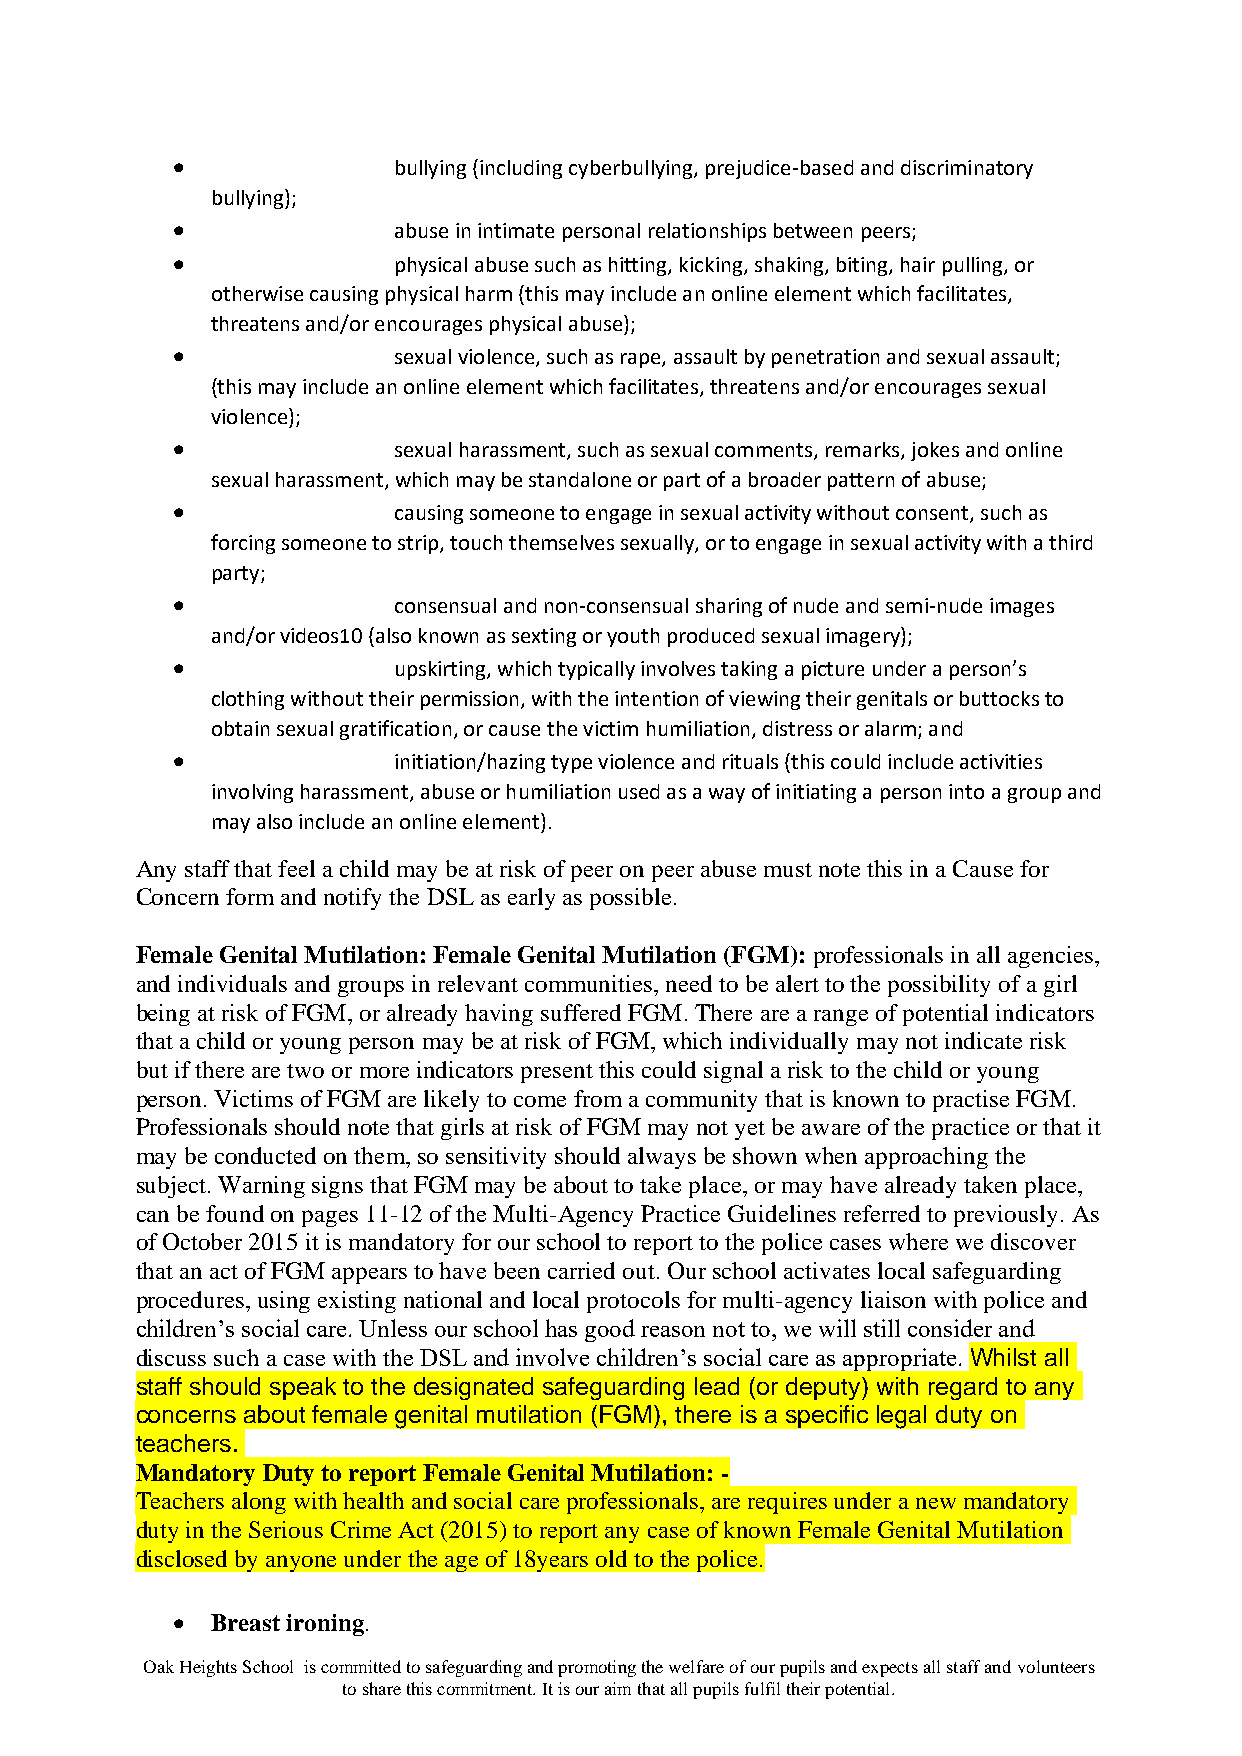
•              bullying (including cyberbullying, prejudice-based and discriminatory
 bullying);
 •              abuse in intimate personal relationships between peers;
 •              physical abuse such as hitting, kicking, shaking, biting, hair pulling, or
 otherwise causing physical harm (this may include an online element which facilitates,
 threatens and/or encourages physical abuse);
 •              sexual violence, such as rape, assault by penetration and sexual assault;
 (this may include an online element which facilitates, threatens and/or encourages sexual
 violence);
 •              sexual harassment, such as sexual comments, remarks, jokes and online
 sexual harassment, which may be standalone or part of a broader pattern of abuse;
 •              causing someone to engage in sexual activity without consent, such as
 forcing someone to strip, touch themselves sexually, or to engage in sexual activity with a third
 party;
 •              consensual and non-consensual sharing of nude and semi-nude images
 and/or videos10 (also known as sexting or youth produced sexual imagery);
 •              upskirting, which typically involves taking a picture under a person’s
 clothing without their permission, with the intention of viewing their genitals or buttocks to
 obtain sexual gratification, or cause the victim humiliation, distress or alarm; and
 •              initiation/hazing type violence and rituals (this could include activities
 involving harassment, abuse or humiliation used as a way of initiating a person into a group and
 may also include an online element).
 Any staff that feel a child may be at risk of peer on peer abuse must note this in a Cause for
 Concern form and notify the DSL as early as possible.
 Female Genital Mutilation: Female Genital Mutilation (FGM): professionals in all agencies,
 and individuals and groups in relevant communities, need to be alert to the possibility of a girl
 being at risk of FGM, or already having suffered FGM. There are a range of potential indicators
 that a child or young person may be at risk of FGM, which individually may not indicate risk
 but if there are two or more indicators present this could signal a risk to the child or young
 person. Victims of FGM are likely to come from a community that is known to practise FGM.
 Professionals should note that girls at risk of FGM may not yet be aware of the practice or that it
 may be conducted on them, so sensitivity should always be shown when approaching the
 subject. Warning signs that FGM may be about to take place, or may have already taken place,
 can be found on pages 11-12 of the Multi-Agency Practice Guidelines referred to previously. As
 of October 2015 it is mandatory for our school to report to the police cases where we discover
 that an act of FGM appears to have been carried out. Our school activates local safeguarding
 procedures, using existing national and local protocols for multi-agency liaison with police and
 children’s social care. Unless our school has good reason not to, we will still consider and
 discuss such a case with the DSL and involve children’s social care as appropriate. Whilst all
 staff should speak to the designated safeguarding lead (or deputy) with regard to any
 concerns about female genital mutilation (FGM), there is a specific legal duty on
 teachers.
 Mandatory Duty to report Female Genital Mutilation: -
 Teachers along with health and social care professionals, are requires under a new mandatory
 duty in the Serious Crime Act (2015) to report any case of known Female Genital Mutilation
 disclosed by anyone under the age of 18years old to the police.
 •  Breast ironing.
 Oak Heights School is committed to safeguarding and promoting the welfare of our pupils and expects all staff and volunteers
 to share this commitment. It is our aim that all pupils fulfil their potential.